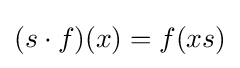
(s\cdot f)(x)=f(xs)